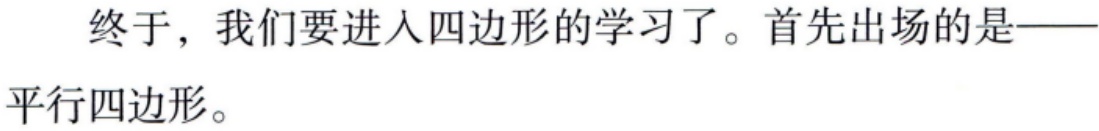
终于，我们要进入四边形的学习了。首先出场的是——平行四边形。